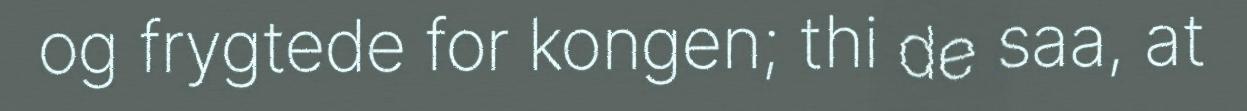
og frygtede for kongen; thi de saa, at